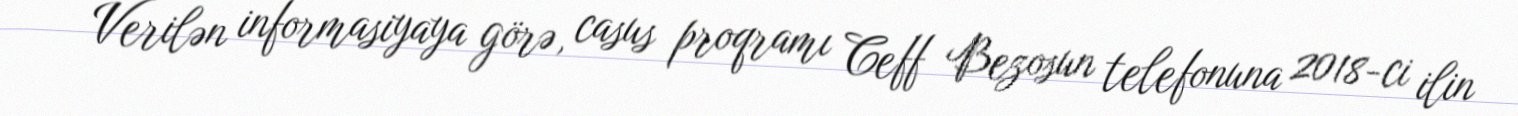
Verilən informasiyaya görə, casus proqramı Ceff Bezosun telefonuna 2018-ci ilin